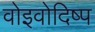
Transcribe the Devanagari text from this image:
वोइवोदिष्प